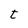
Character: t